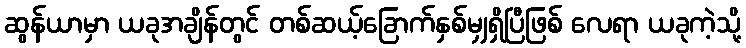
ဆွန်ယာမှာ ယခုအချိန်တွင် တစ်ဆယ့်ခြောက်နှစ်မျှရှိပြီဖြစ် လေရာ ယခုကဲ့သို့